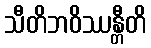
သီတိဘဝိဿန္တီတိ